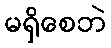
မရှိစေဘဲ